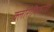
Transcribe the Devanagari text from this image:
क्लोरोफिलरहित